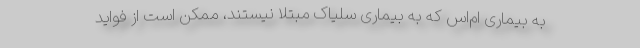
به بیماری ام‌اس که به بیماری سلیاک مبتلا نیستند، ممکن است از فواید